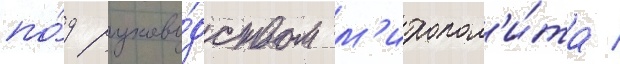
по́д руково́дством м'итропол'и́та /